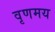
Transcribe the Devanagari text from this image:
वृणमय